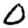
Digit: 0